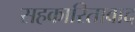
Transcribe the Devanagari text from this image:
सहकारितावाद